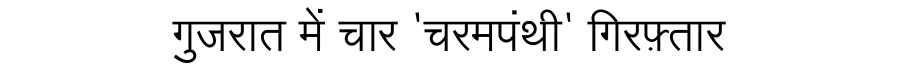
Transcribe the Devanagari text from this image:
गुजरात में चार 'चरमपंथी' गिरफ़्तार